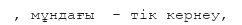
, мұндағы  - тік кернеу,